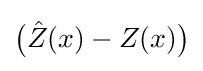
{\big (}{\hat {Z}}(x)-Z(x){\big )}